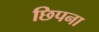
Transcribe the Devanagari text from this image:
छिपना